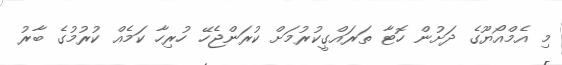
މި އެމްއޯޔޫގެ ދަށުން ހޮޓާ ތަރައްގީކުރުމަށް ކުރަންޖެހޭ ހުރިހާ ކަމެއް ކުރުމުގެ ބާރު